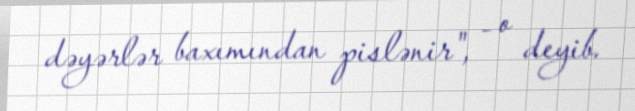
dəyərlər baxımından pislənir", - o deyib.